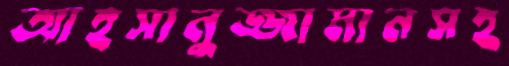
আহসানুজ্জামানসহ